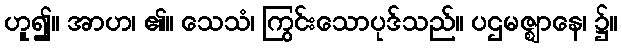
ဟူ၍။ အာဟ၊ ၏။ သေသံ၊ ကြွင်းသောပုဒ်သည်။ ပဌမဇ္ဈာနေ၊ ၌။